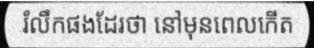
រំលឹកផងដែរថា នៅមុនពេលកើត